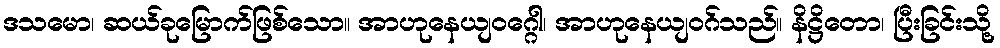
ဒသမော၊ ဆယ်ခုမြောက်ဖြစ်သော။ အာဟုနေယျဝဂ္ဂေါ၊ အာဟုနေယျဝဂ်သည်။ နိဋ္ဌိတော၊ ပြီးခြင်းသို့